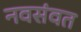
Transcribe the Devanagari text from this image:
नवसंवत